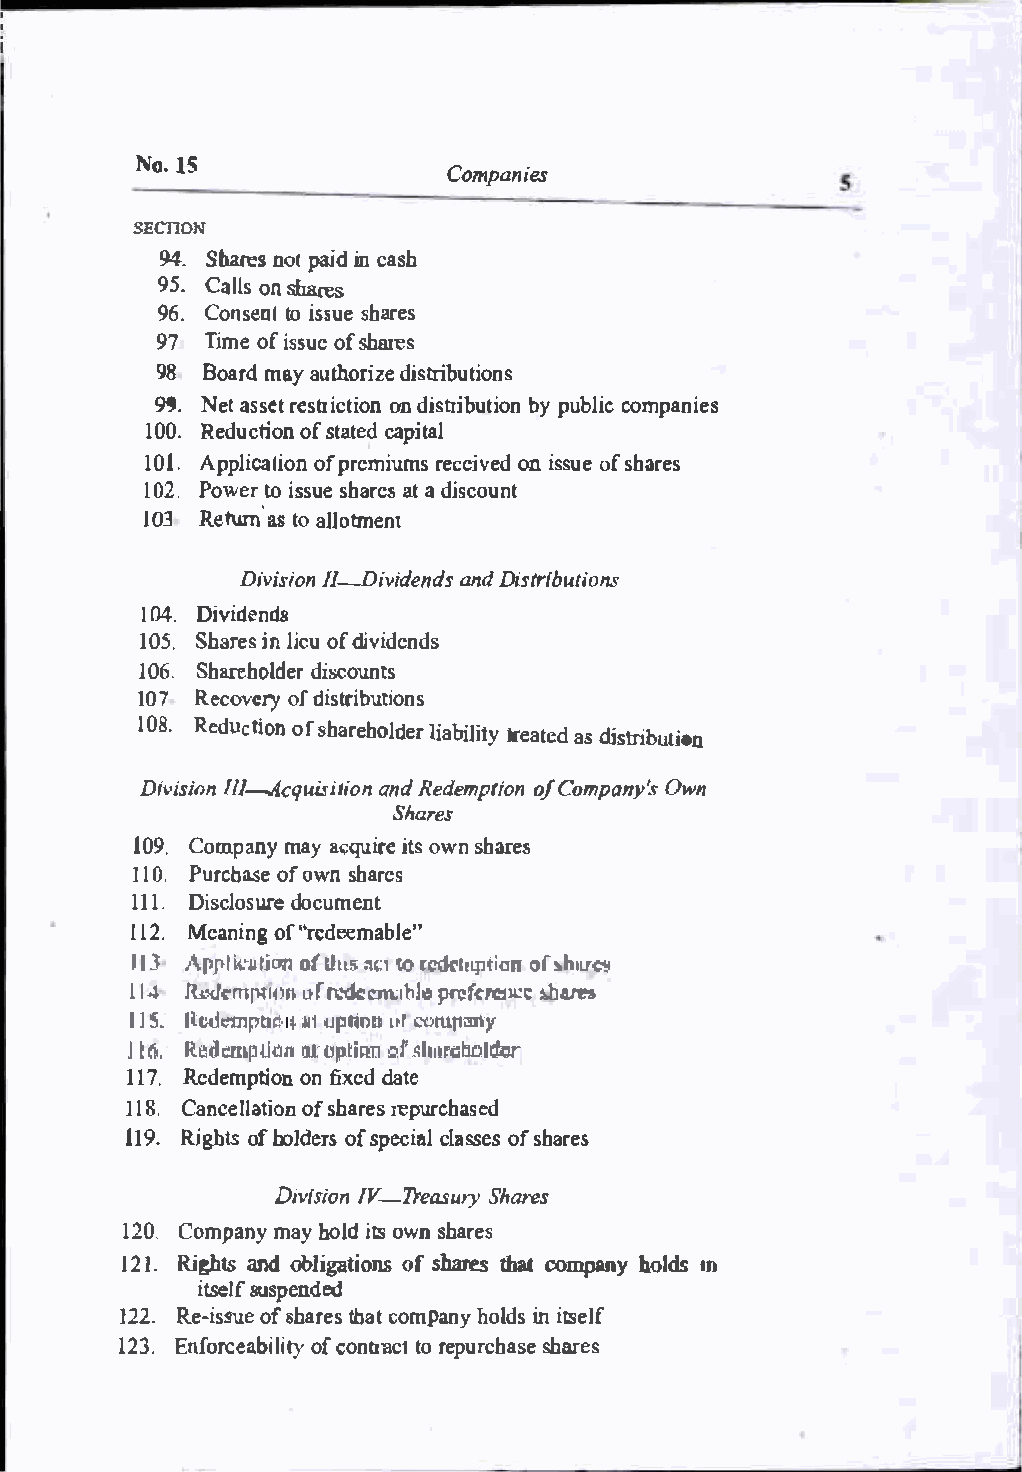
No.  IS              Companies
 SECTION
 94. Shares notpai di nc ash
 95.C allso nshares
 96.C onsetooli ssuseh ares
 97  Timoef i ssuoefs hares
 98 Boarmda ya uthodriisztrieb utions
 99. Neta ssreets trionc tdiiosntr ibubtyip ounb lciocm panies
 100R.e ductioofns tatceadp ital
 101A.p plicaolfip orne miurmesc eionv eids suoefs hares
 102.P owetor issues haraetsa d jscount
 ·
 I 03R eturn ast oa llotment
 DiviIsI;-oDni viadneDdni dsst ributions
 I04 . Dividends
 105S.h ariensl ieoufd ividends
 106S.h arehodlid�>eero unts
 107R ecovoefd ryis tributions
 108R.
 e ductoifos nh arehollidaebri trleiattyae sddi stribution
 Divisllil--Aocnq uisjtainoRdne dempotfCi oomnp anOwn y's
 Shares
 109C.o mpanmya ya cquiirtoesw ns hares
 110 . Purca.b.seo fo wns hares
 111D.j sclosdu.roec ument
 112.M eaninogf" rcdeemabJe"
 II�A ppllre:(uIJ tLLineSnn:t rcd�1110t tq.Jtioonf sh.!n!lrr
 1.14 n_,M<-mrr1um I,J'rn.: :daaw1bl�,!flre fcrrCJj�.:-..: �:tJ"n
 1 ml h:•1�em-pb�ll, � 1�J pl�oo(lfl�'t.' tH.flilD}
 l: t .R6�.d �:mp�11h1om p UPn� r .sh11n=&�lllbr
 117R.e demptioonnf ixedda te
 118.C ancelloaft isohnar reepsu rchased
 119R.i ghtsof h oldeorfss p ecicalla ssoefss h ares
 Division     IV-Treasury   Shares
 120C.o mpanmya yh olidts o wsnh ares
 I2 1.Ri ghts and obligatioofnsshares that company holds m
 itseslufs pended
 122.R e-issuseh aorfte bsac to mpanhyo ldins i tself
 123.E nforceaofbc ionltriattyco1r epurchsahsaree s